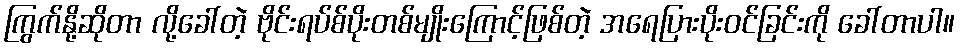
ကြွက်နို့ဆိုတာ လို့ခေါ်တဲ့ ဗိုင်းရပ်စ်ပိုးတစ်မျိုးကြောင့်ဖြစ်တဲ့ အရေပြားပိုးဝင်ခြင်းကို ခေါ်တာပါ။